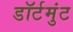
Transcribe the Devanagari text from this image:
डॉर्टमुंट